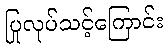
ပြုလုပ်သင့်ကြောင်း